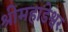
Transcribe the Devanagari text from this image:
श्रीमहाडेश्वर